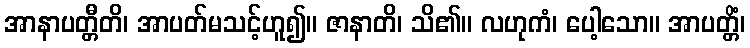
အာနာပတ္တီတိ၊ အာပတ်မသင့်ဟူ၍။ ဇာနာတိ၊ သိ၏။ လဟုကံ၊ ပေါ့သော။ အာပတ္တိံ၊